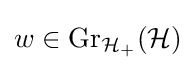
w\in \mathrm {Gr} _{{\mathcal {H}}_{+}}({\mathcal {H}})